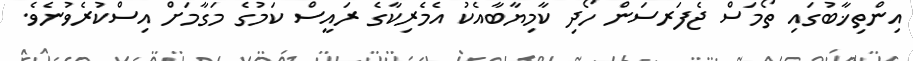
އިންތިޚާބުގައި ތޯމަސް ޖެފަރސަން ހޯދި ކާމިޔާބާއެކު އެމެރިކާގެ ރައީސް ކަމުގެ މަގާމަށް އިސްކުރެވުނެވެ.